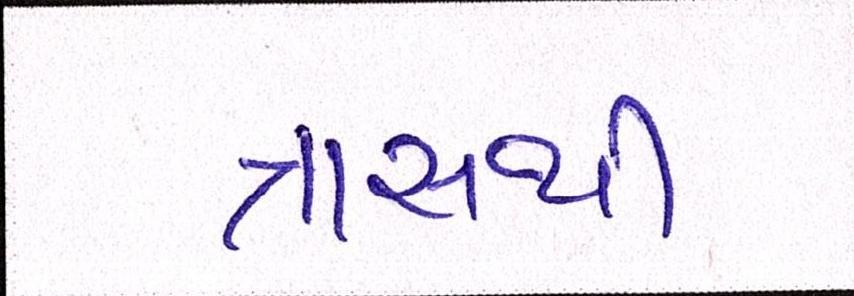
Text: ત્રાસથી